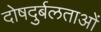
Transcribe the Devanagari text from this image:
दोषदुर्बलताओं